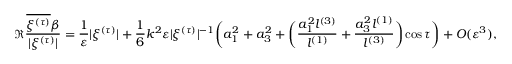
\Re \frac { \overline { { { \xi } ^ { ( \tau ) } } } \beta } { | \xi ^ { ( \tau ) } | } = \frac 1 { \varepsilon } | \xi ^ { ( \tau ) } | + \frac { 1 } { 6 } k ^ { 2 } \varepsilon | \xi ^ { ( \tau ) } | ^ { - 1 } \biggl ( a _ { 1 } ^ { 2 } + a _ { 3 } ^ { 2 } + \biggl ( \frac { a _ { 1 } ^ { 2 } l ^ { ( 3 ) } } { l ^ { ( 1 ) } } + \frac { a _ { 3 } ^ { 2 } l ^ { ( 1 ) } } { l ^ { ( 3 ) } } \biggr ) \cos \tau \biggr ) + O ( \varepsilon ^ { 3 } ) ,